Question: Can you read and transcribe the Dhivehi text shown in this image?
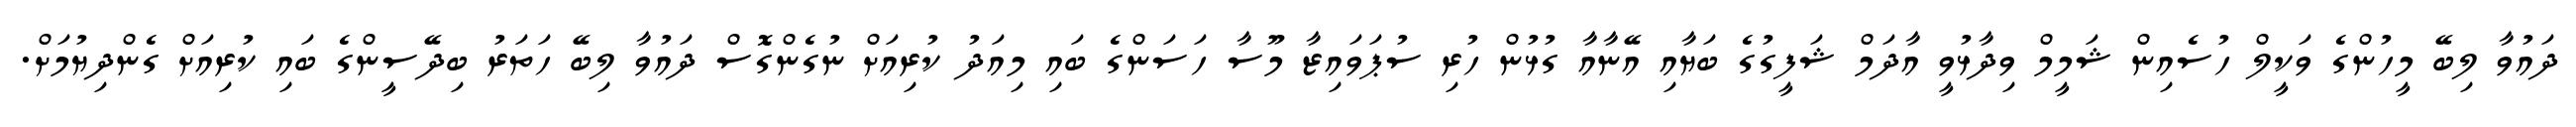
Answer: ދައުވާ ލިބޭ މީހުންގެ ވަކީލް ހުސެއިން ޝަމީމް ވިދާޅުވީ އާދަމް ޝަފީގުގެ ބަޔާއި އޭނާއާ ގުޅުން ހުރި ސުޕަވައިޒާ މޫސާ ހަސަންގެ ބައި މިއަދު ކުރިއަށް ނުގެންގޮސް ދައުވާ ލިބޭ ހަތަރު ބިދޭސީންގެ ބައި ކުރިއަށް ގެންދިޔުމަށް.